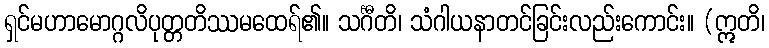
ရှင်မဟာမောဂ္ဂလိပုတ္တတိဿမထေရ်၏။ သင်္ဂီတိ၊ သံဂါယနာတင်ခြင်းလည်းကောင်း။ (ဣတိ၊